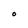
Character: O